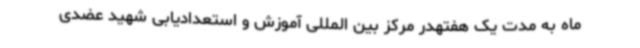
ماه به مدت یک هفتهدر مرکز بین المللی آموزش و استعدادیابی شهید عضدی